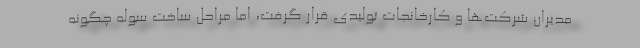
مدیران شرکت‌ها و کارخانجات تولیدی قرار گرفت، اما مراحل ساخت سوله چگونه